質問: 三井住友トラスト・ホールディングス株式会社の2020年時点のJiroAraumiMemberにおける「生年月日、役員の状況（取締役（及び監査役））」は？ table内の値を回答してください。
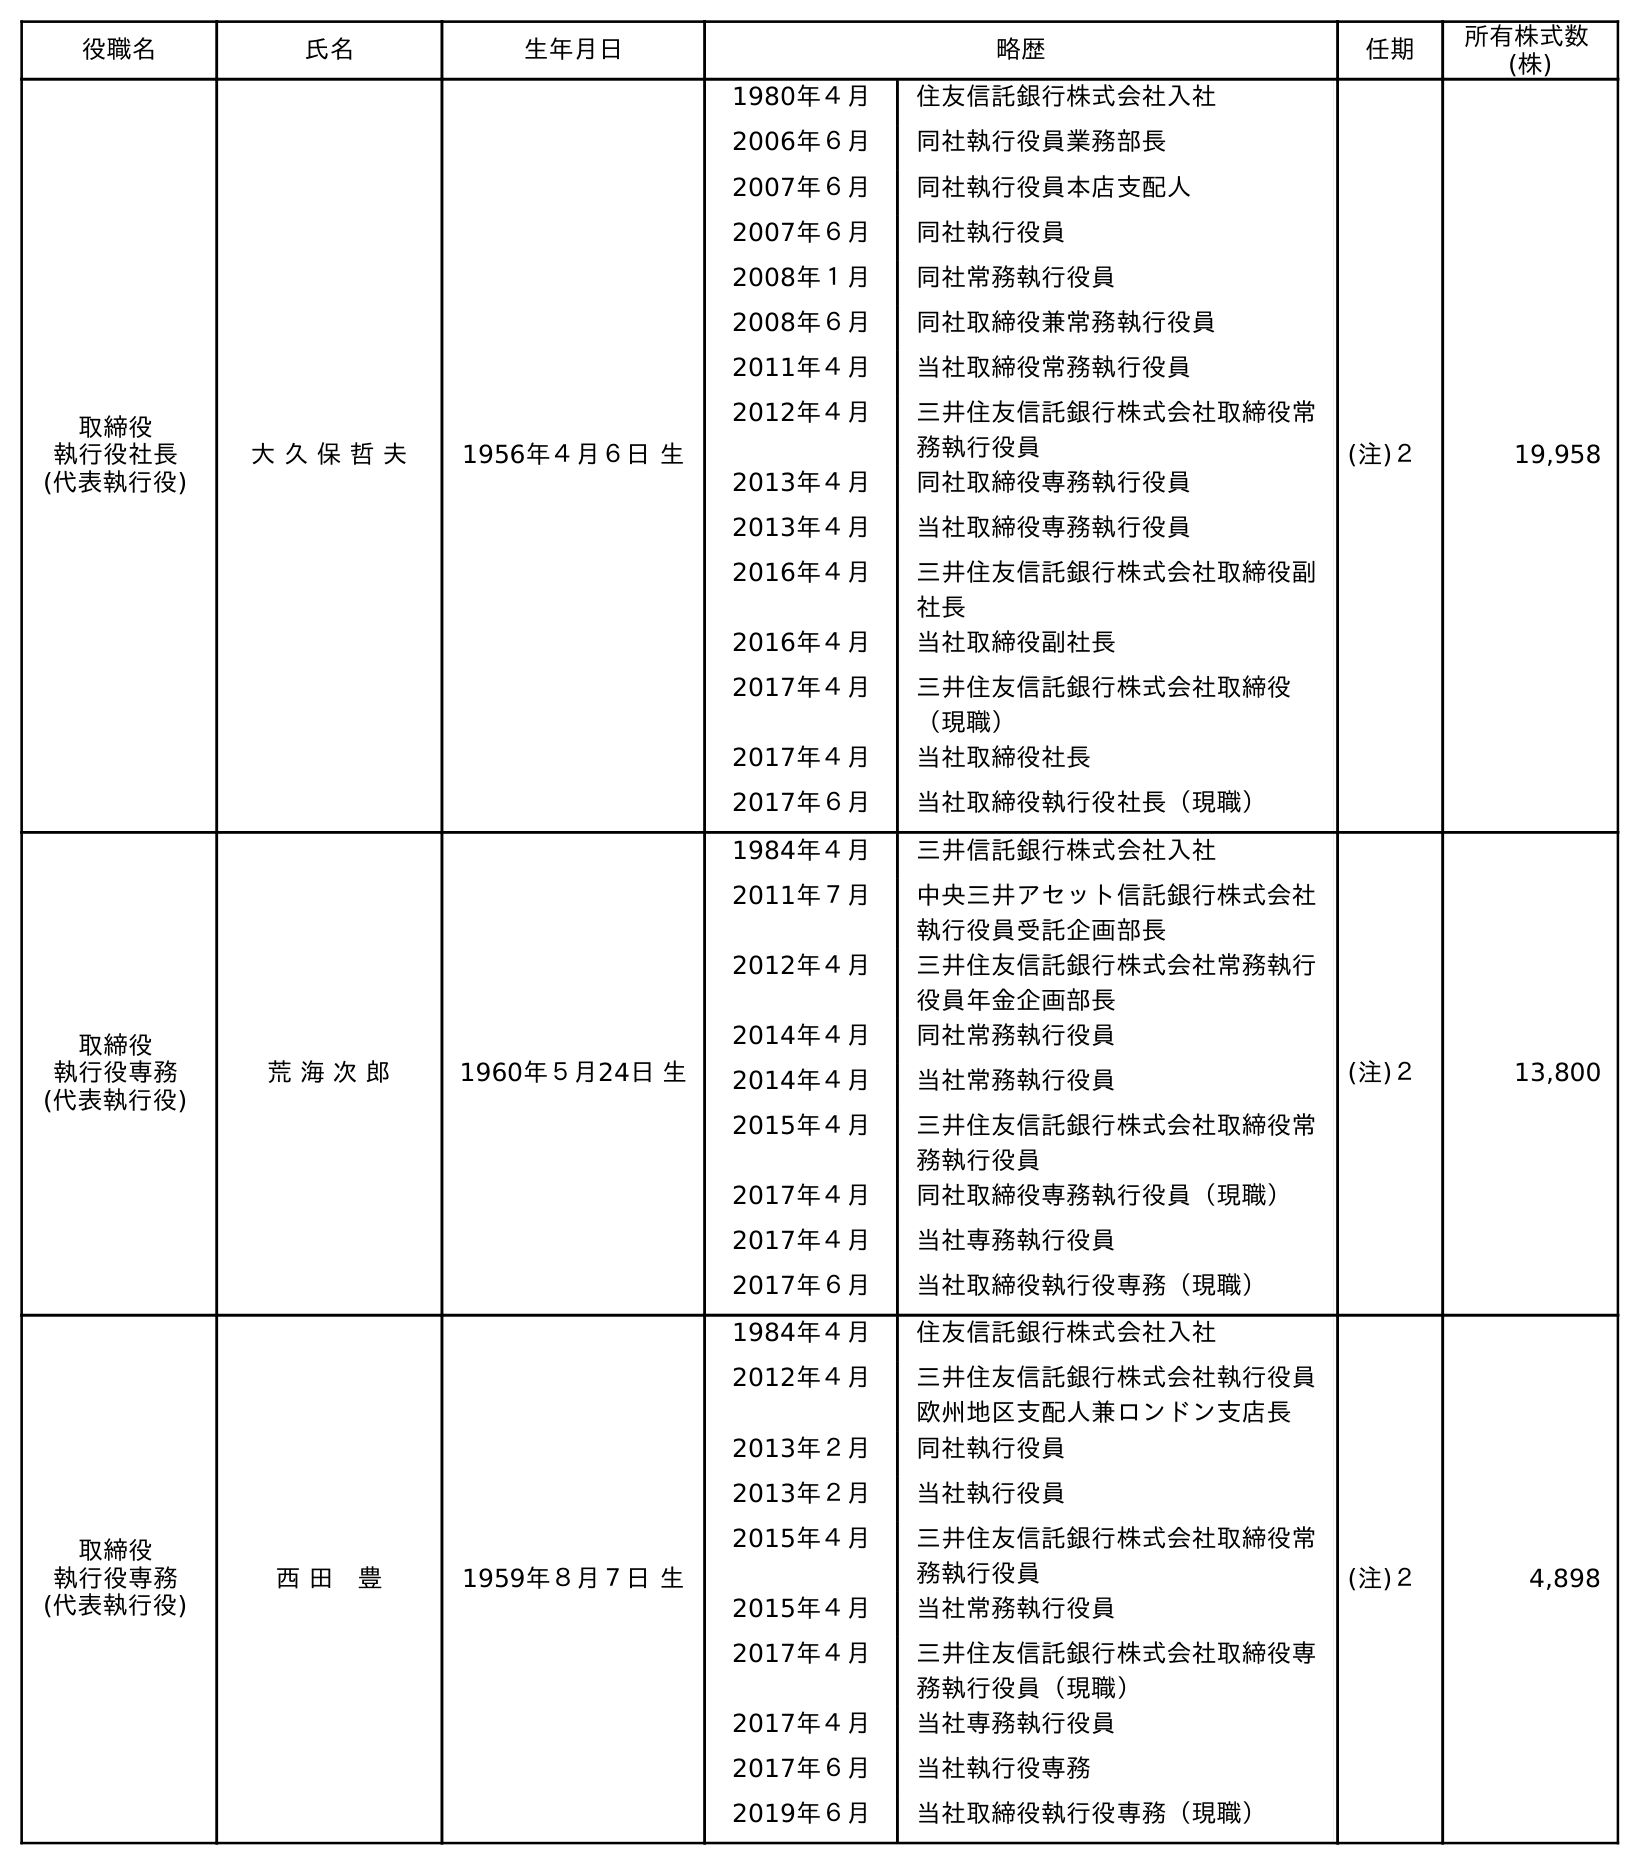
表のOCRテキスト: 役職名 氏名 生年月日 略歴 任期 所有株式数 (株) 取締役 執行役社長 (代表執行役) 大 久 保 哲 夫 1956年４月６日 生 1980年４月 住友信託銀行株式会社入社 2006年６月 同社執行役員業務部長 2007年６月 同社執行役員本店支配人 2007年６月 同社執行役員 2008年１月 同社常務執行役員 2008年６月 同社取締役兼常務執行役員 2011年４月 当社取締役常務執行役員 2012年４月 三井住友信託銀行株式会社取締役常 務執行役員 2013年４月 同社取締役専務執行役員 2013年４月 当社取締役専務執行役員 2016年４月 三井住友信託銀行株式会社取締役副 社長 2016年４月 当社取締役副社長 2017年４月 三井住友信託銀行株式会社取締役 （現職） 2017年４月 当社取締役社長 2017年６月 当社取締役執行役社長（現職） (注)２ 19,958 取締役 執行役専務 (代表執行役) 荒 海 次 郎 1960年５月24日 生 1984年４月 三井信託銀行株式会社入社 2011年７月 中央三井アセット信託銀行株式会社 執行役員受託企画部長 2012年４月 三井住友信託銀行株式会社常務執行 役員年金企画部長 2014年４月 同社常務執行役員 2014年４月 当社常務執行役員 2015年４月 三井住友信託銀行株式会社取締役常 務執行役員 2017年４月 同社取締役専務執行役員（現職） 2017年４月 当社専務執行役員 2017年６月 当社取締役執行役専務（現職） (注)２ 13,800 取締役 執行役専務 (代表執行役) 西 田 豊 1959年８月７日 生 1984年４月 住友信託銀行株式会社入社 2012年４月 三井住友信託銀行株式会社執行役員 欧州地区支配人兼ロンドン支店長 2013年２月 同社執行役員 2013年２月 当社執行役員 2015年４月 三井住友信託銀行株式会社取締役常 務執行役員 2015年４月 当社常務執行役員 2017年４月 三井住友信託銀行株式会社取締役専 務執行役員（現職） 2017年４月 当社専務執行役員 2017年６月 当社執行役専務 2019年６月 当社取締役執行役専務（現職） (注)２ 4,898
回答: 1960年５月24日生